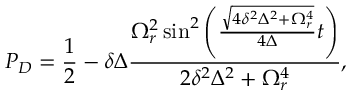
P _ { D } = \frac { 1 } { 2 } - \delta \Delta \frac { \Omega _ { r } ^ { 2 } \sin ^ { 2 } \left( \frac { \sqrt { 4 \delta ^ { 2 } \Delta ^ { 2 } + \Omega _ { r } ^ { 4 } } } { 4 \Delta } t \right) } { 2 \delta ^ { 2 } \Delta ^ { 2 } + \Omega _ { r } ^ { 4 } } ,